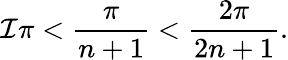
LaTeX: \mathcal{I}\pi<\frac{\pi}{n+1}<\frac{2\pi}{2n+1}.